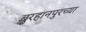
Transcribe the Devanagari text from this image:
बुरहानपुरच्या